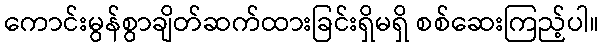
ကောင်းမွန်စွာချိတ်ဆက်ထားခြင်းရှိမရှိ စစ်ဆေးကြည့်ပါ။